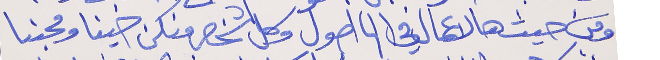
ومن حيث هالاعمال في الها اصول   وكل شخص منكن خينا ومحبنا